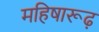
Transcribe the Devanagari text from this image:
महिषारूढ़